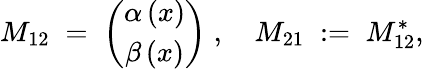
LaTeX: M_{12}\; =\; {\binom{\alpha\, (x)}{\beta\, (x)}}\; ,\quad M_{21}\; :=\; M_{12}^{*},